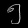
Digit: ၅